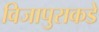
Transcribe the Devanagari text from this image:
विजापुराकडे